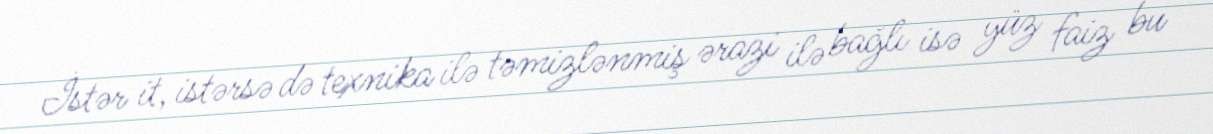
İstər it, istərsə də texnika ilə təmizlənmiş ərazi ilə bağlı isə yüz faiz bu